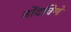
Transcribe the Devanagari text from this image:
नोंदविणे